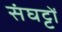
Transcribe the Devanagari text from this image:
संघट्टों